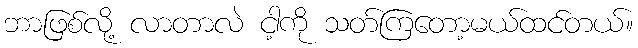
ဘာဖြစ်လို့ လာတာလဲ ငါ့ကို သတ်ကြတော့မယ်ထင်တယ်။